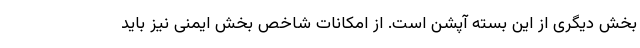
بخش دیگری از این بسته آپشن است. از امکانات شاخص بخش ایمنی نیز باید